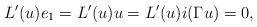
LaTeX: \begin{align*}L'(u)e_1=L'(u)u=L'(u)i(\Gamma u)=0,\end{align*}